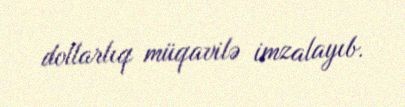
dollarlıq müqavilə imzalayıb.